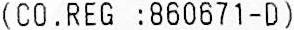
(CO.REG :860671-D)